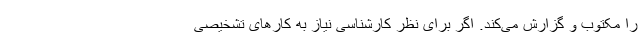
را مکتوب و گزارش می‌کند. اگر برای نظر کارشناسی نیاز به کارهای تشخیصی